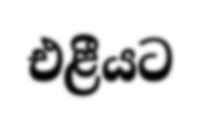
එළීයට